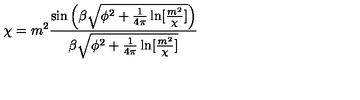
\chi = m ^ { 2 } \frac { \sin \left( \beta \sqrt { \phi ^ { 2 } + \frac { 1 } { 4 \pi } \ln [ \frac { m ^ { 2 } } { \chi } ] } \right) } { \beta \sqrt { \phi ^ { 2 } + \frac { 1 } { 4 \pi } \ln [ \frac { m ^ { 2 } } { \chi } ] } }